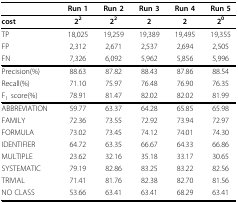
<table><thead><tr><td></td><td><b>Run 1</b></td><td><b>Run 2</b></td><td><b>Run 3</b></td><td><b>Run 4</b></td><td><b>Run 5</b></td></tr></thead><tbody><tr><td><b>cost</b></td><td><b>2<sup>2</sup></b></td><td><b>2<sup>2</sup></b></td><td><b>2</b></td><td><b>2</b></td><td><b>2<sup>0</sup></b></td></tr><tr><td>TP</td><td>18,025</td><td>19,259</td><td>19,389</td><td>19,495</td><td>19,355</td></tr><tr><td>FP</td><td>2,312</td><td>2,671</td><td>2,537</td><td>2,694</td><td>2,505</td></tr><tr><td>FN</td><td>7,326</td><td>6,092</td><td>5,962</td><td>5,856</td><td>5,996</td></tr><tr><td>Precision(%)</td><td>88.63</td><td>87.82</td><td>88.43</td><td>87.86</td><td>88.54</td></tr><tr><td>Recall(%)</td><td>71.10</td><td>75.97</td><td>76.48</td><td>76.90</td><td>76.35</td></tr><tr><td>F<sub>1 </sub>score(%)</td><td>78.91</td><td>81.47</td><td>82.02</td><td>82.02</td><td>81.99</td></tr><tr><td>ABBREVIATION</td><td>59.77</td><td>63.37</td><td>64.28</td><td>65.85</td><td>65.98</td></tr><tr><td>FAMILY</td><td>72.36</td><td>73.55</td><td>72.92</td><td>73.94</td><td>72.97</td></tr><tr><td>FORMULA</td><td>73.02</td><td>73.45</td><td>74.12</td><td>74.01</td><td>74.30</td></tr><tr><td>IDENTIFIER</td><td>64.72</td><td>63.35</td><td>66.67</td><td>64.33</td><td>66.86</td></tr><tr><td>MULTIPLE</td><td>23.62</td><td>32.16</td><td>35.18</td><td>33.17</td><td>30.65</td></tr><tr><td>SYSTEMATIC</td><td>79.19</td><td>82.86</td><td>83.25</td><td>83.22</td><td>82.56</td></tr><tr><td>TRIVIAL</td><td>71.41</td><td>81.76</td><td>82.38</td><td>82.70</td><td>81.56</td></tr><tr><td>NO CLASS</td><td>53.66</td><td>63.41</td><td>63.41</td><td>68.29</td><td>63.41</td></tr></tbody></table>